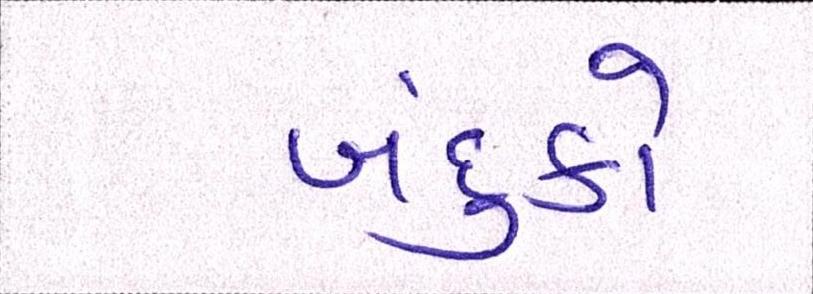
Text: બંદુકો